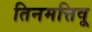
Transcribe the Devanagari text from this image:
तिनमत्तिवू